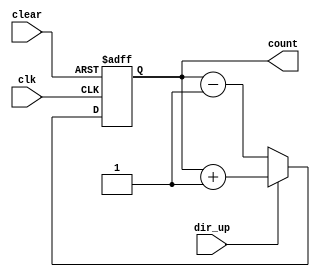
`timescale 1ns / 1ps


module updown_counter(clk, dir_up, clear, count);

input clk, dir_up, clear;
output reg [2:0] count;

always @(posedge clk or posedge clear)
	begin //-------------------------//-------------------------//-------------------
		if(clear==1)
		begin
			count <= 3'b000;
		end
		else
		begin //------------------
			if(dir_up)
			begin
			 count <= count + 1;
			end
			else
			begin
			 count <= count - 1;
			end
		end //------------------
	end //-------------------------//-------------------------//-------------------
endmodule